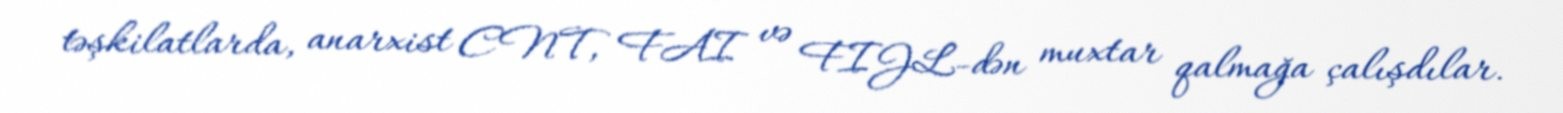
təşkilatlarda, anarxist CNT, FAI və FIJL-dən muxtar qalmağa çalışdılar.